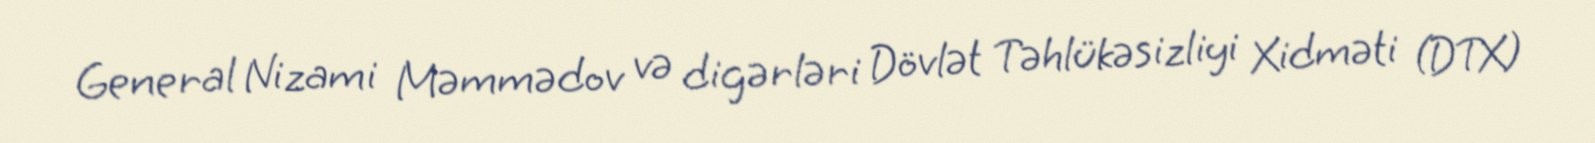
General Nizami Məmmədov və digərləri Dövlət Təhlükəsizliyi Xidməti (DTX)